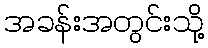
အခန်းအတွင်းသို့